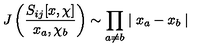
J \left( \frac { S _ { i j } [ x , \chi ] } { x _ { a } , \chi _ { b } } \right) \sim \prod _ { a \neq b } \mid x _ { a } - x _ { b } \mid